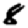
Digit: 8